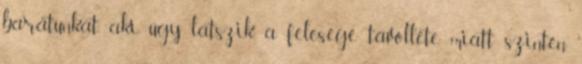
barátunkat, aki úgy látszik, a felesége távolléte miatt, szintén